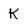
Character: K